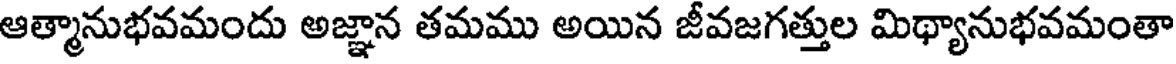
ఆత్మానుభవమందు అజ్ఞాన తమము అయిన జీవజగత్తుల మిథ్యానుభవమంతా